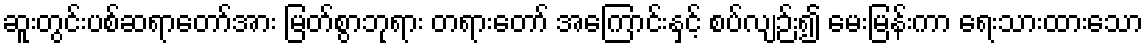
ဆူးတွင်းပစ်ဆရာတော်အား မြတ်စွာဘုရား တရားတော် အကြောင်းနှင့် စပ်လျဉ်း၍ မေးမြန်းကာ ရေးသားထားသော